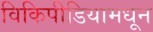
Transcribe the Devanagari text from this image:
विकिपीडियामधून